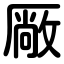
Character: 厰